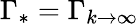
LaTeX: \Gamma_{*}=\Gamma_{k\rightarrow\infty}